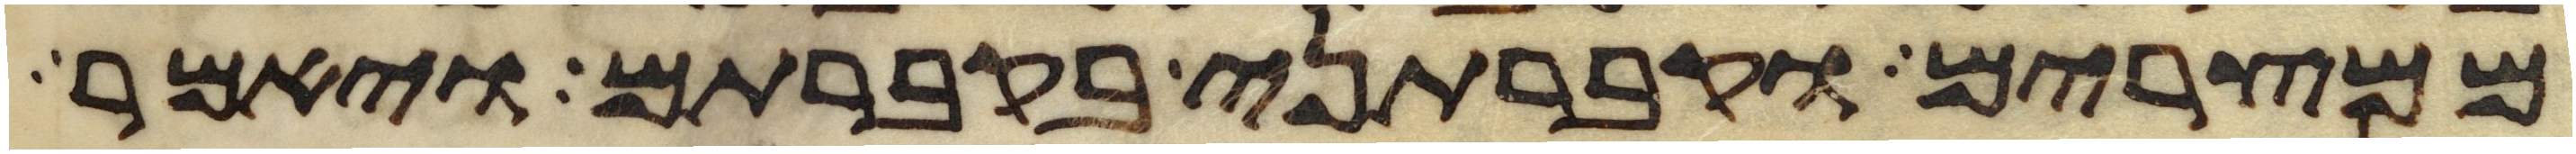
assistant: ממצרים וקברתני בקברתם ויאמר